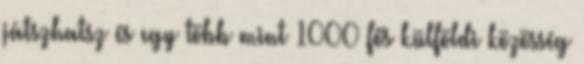
játszhatsz és egy több mint 1000 fős külföldi közösség